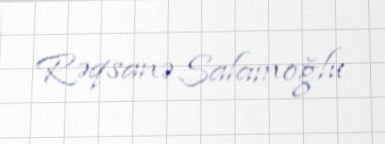
Rəqsanə Salamoğlu